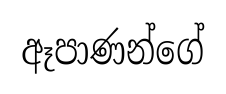
ඈපාණන්ගේ